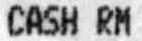
CASH RM